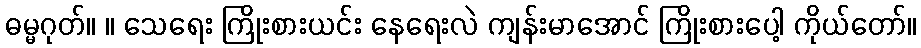
ဓမ္မဂုတ်။ ။ သေရေး ကြိုးစားယင်း နေရေးလဲ ကျန်းမာအောင် ကြိုးစားပေါ့ ကိုယ်တော်။